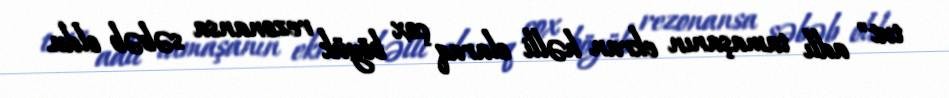
tut" adlı tamaşanın ekran həlli olaraq çox böyük rezonansa səbəb oldu.